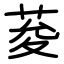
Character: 荾